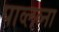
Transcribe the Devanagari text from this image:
पाव्लव्ना